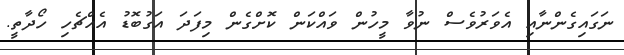
ނަގައިގެންނާއި އެވަރުވެސް ނުވާ މީހުން ވައްކަން ކޮށްގެން މިފަދަ އަގުބޮޑު އެއްޗެހި ހޯދާތީ.